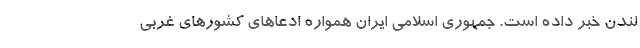
لندن خبر داده است. جمهوری اسلامی ایران همواره ادعاهای کشورهای غربی